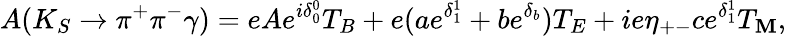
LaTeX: A(K_{S}\rightarrow\pi^{+}\pi^{-}\gamma)=eAe^{i\delta_{0}^{0}}T_{B}+e(ae^{\delta_{1}^{1}}+be^{\delta_{b}})T_{E}+ie\eta_{+-}ce^{\delta_{1}^{1}}T_{\mathbf{M}},